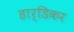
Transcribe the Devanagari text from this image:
हार्डिकर